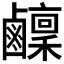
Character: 𬸴